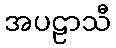
အပဠာသီ